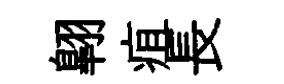
翺疽長